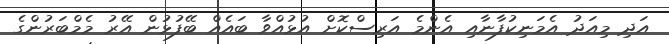
އަދި މިއަދު އެމަނިކުފާނާއި އެންމެ އަރިސްކޮށް އުޅުއްވާ ބައެއް ބޭފުޅުން އޭރު މެމްބަރުންގެ